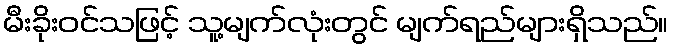
မီးခိုးဝင်သဖြင့် သူ့မျက်လုံးတွင် မျက်ရည်များရှိသည်။